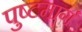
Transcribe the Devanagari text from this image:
पुष्टमार्ग